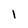
Character: l